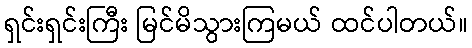
ရှင်းရှင်းကြီး မြင်မိသွားကြမယ် ထင်ပါတယ်။